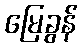
မြေခွန်